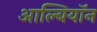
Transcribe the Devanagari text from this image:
आल्बियॉन